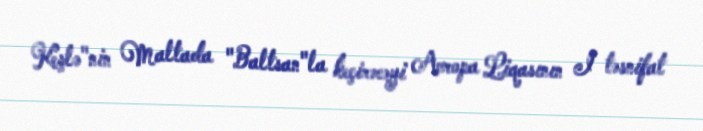
Keşlə"nin Maltada "Baltsan"la keçirəcəyi Avropa Liqasının I təsnifat